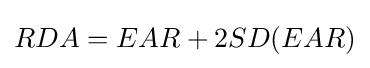
RDA=EAR+2SD(EAR)